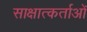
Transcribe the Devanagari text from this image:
साक्षात्कर्ताओं